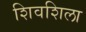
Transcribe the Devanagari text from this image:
शिवशिला